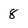
Character: 8